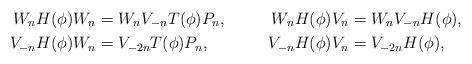
LaTeX: \begin{align*}W_n H(\phi) W_n &= W_n V_{-n} T(\phi)P_n , &W_n H(\phi) V_n &= W_n V_{-n} H(\phi),\\V_{-n} H(\phi) W_n &= V_{-2n} T(\phi) P_n ,& V_{-n} H(\phi) V_n &= V_{-2n}H(\phi),\end{align*}